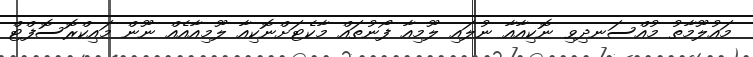
މައުލޫމާތު މުއްސަނދިވި ނޮކިއާއާ ނުލައި ލޫމިއާ ފޯނުތައް މާކެޓަށްނޮކިއާ ލޫމިއާއެއް ނޫން މައިކްރޮސޮފްޓް